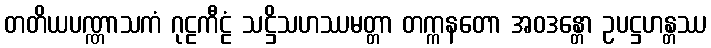
တတိယပဏ္ဏာသကံ ဂုဠကီဠံ သဋ္ဌိသဟဿမတ္တာ တက္ကနတော အဝဒန္တော ဥပဋ္ဌဟန္တဿ